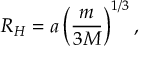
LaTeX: R _ { H } = a \left( { \frac { m } { 3 M } } \right) ^ { 1 / 3 } ,